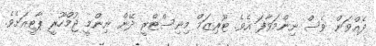
ދެއްވަން ވެސް ނިންމަވާފަ އެވެ. ޓޫރިޒަމް މިނިސްޓްރީ ދޭން ނިންމީ ޖުމްހޫރީ ޕާޓީއަށެވެ.